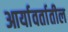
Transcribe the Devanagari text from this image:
आर्यावर्तातील